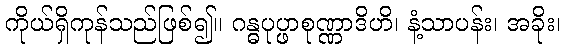
ကိုယ်ရှိကုန်သည်ဖြစ်၍။ ဂန္ဓပုပ္ဖာစုဏ္ဏာဒိဟိ၊ နံ့သာပန်း၊ အခိုး၊